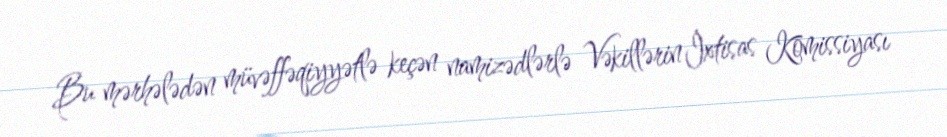
Bu mərhələdən müvəffəqiyyətlə keçən namizədlərlə Vəkillərin İxtisas Komissiyası